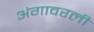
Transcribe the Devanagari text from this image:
अंगावरली